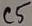
Text: C5